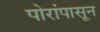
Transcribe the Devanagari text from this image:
पोरांपासून